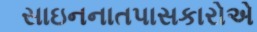
સાઇનનાતપાસકારોએ